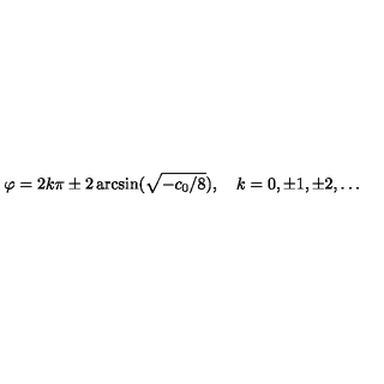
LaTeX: \varphi = 2 k \pi \pm 2 \arcsin ( \sqrt { - c _ { 0 } / 8 } ) , \quad k = 0 , \pm 1 , \pm 2 , \ldots